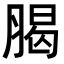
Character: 𦝲